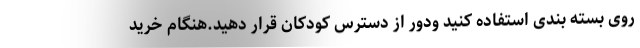
روی بسته بندی استفاده کنید ودور از دسترس کودکان قرار دهید.هنگام خرید